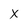
Character: x